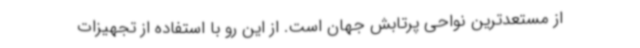
از مستعدترین نواحی پرتابش جهان است. از این رو با استفاده از تجهیزات